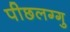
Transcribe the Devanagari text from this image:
पीछलग्गु